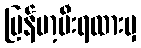
မြန်မာ့မီးရထားမှ